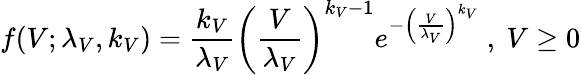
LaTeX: f(V;\lambda_{V},k_{V})=\frac{k_{V}}{\lambda_{V}}\left(\frac{V}{\lambda_{V}}\right)^{k_{V}-1}e^{-\left(\frac{V}{\lambda_{V}}\right)^{k_{V}}}~,~V\geq 0